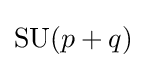
\mathrm {SU} (p+q)